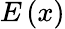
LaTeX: E\left(x\right)